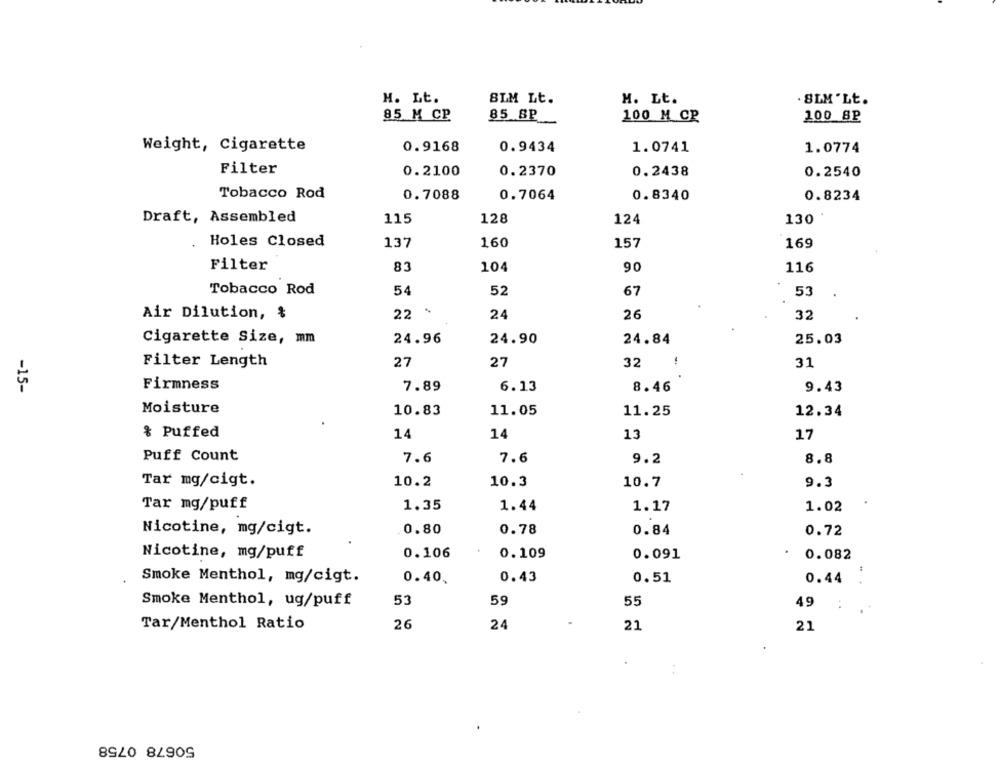
H. Lt.
SIM Lt.
M. Lt.
SLM 'Lt.
85 8P
85 M CP
100 M CP
100 8P
Weight, Cigarette
0.9168
0.9434
1.0741
1.0774
Filter
0.2100
0.2370
0.2438
0.2540
Tobacco Rod
0.7088
0.7064
0.8340
0.8234
Draft, Assembled
115
128
124
130
. Holes Closed
137
160
157
169
Filter
83
104
90
116
Tobacco Rod
54
52
67
53
Air Dilution, &
22
24
26
32
Cigarette Size, mm
24.96
24.90
24.84
25.03
27
Filter Length
27
32
31
-15-
Firmness
7.89
6.13
8.46
9.43
Moisture
10.83
11.05
11.25
12.34
& Puffed
14
14
13
17
Puff Count
7.6
7.6
9.2
8.8
Tar mg/cigt.
10.2
10.3
10.7
9.3
Tar mg/puff
1.35
1.44
1.17
1.02
0.80
0.78
0.84
0.72
Nicotine, mg/cigt.
Nicotine, mg/puff
0.106
0.109
0.091
0.082
Smoke Menthol, mg/cigt.
0.40,
0.43
0.51
0.44
53
Smoke Menthol, ug/puff
59
55
49
Tar/Menthol Ratio
26
24
21
21
50678 0758